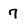
Character: 7